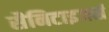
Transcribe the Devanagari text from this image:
सैनिटाइजर्स